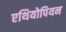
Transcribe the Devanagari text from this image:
एथियोपियन